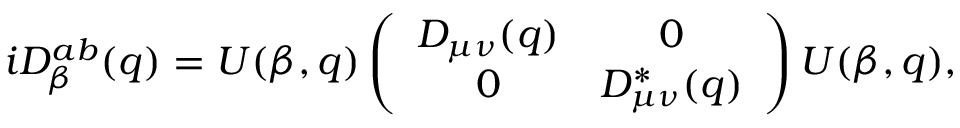
i D _ { \beta } ^ { a b } ( q ) = U ( \beta , q ) \left( \begin{array} { c c } { { D _ { \mu \nu } ( q ) } } & { { 0 } } \\ { { 0 } } & { { D _ { \mu \nu } ^ { * } ( q ) } } \end{array} \right) U ( \beta , q ) ,